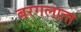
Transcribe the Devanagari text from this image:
बरगलाता